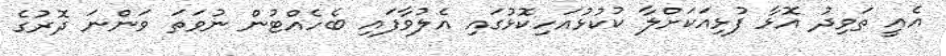
އެއީ ތަވިދު އޮޅާ ފުޅިއަކަށްލާ ކުކުޅުއަހިކޮޅުގައި އެލުވާފައި ބެހެއްޓުން ނުވަތަ ވަންނަ ދޮރުގެ